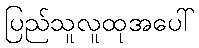
ပြည်သူလူထုအပေါ်